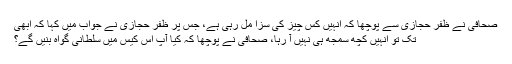
صحافی نے ظفر حجازی سے پوچھا کہ انہیں کس چیز کی سزا مل رہی ہے، جس پر ظفر حجازی نے جواب میں کہا کہ ابھی
تک تو انہیں کچھ سمجھ ہی نہیں آ رہا، صحافی نے پوچھا کہ کیا آپ اس کیس میں سلطانی گواہ بنیں گے؟